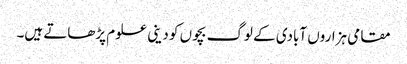
مقامی ہزاروں آبادی کے لوگ بچوں کو دینی علوم پڑھاتے ہیں۔